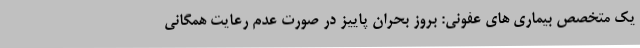
یک متخصص بیماری های عفونی: بروز بحران پاییز در صورت عدم رعایت همگانی